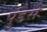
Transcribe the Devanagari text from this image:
पुंडसे